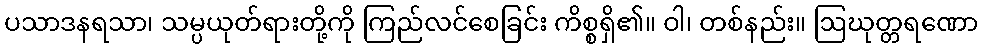
ပသာဒနရသာ၊ သမ္ပယုတ်ရားတို့ကို ကြည်လင်စေခြင်း ကိစ္စရှိ၏။ ဝါ၊ တစ်နည်း။ ဩဃုတ္တရဏော